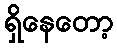
ရှိနေတော့